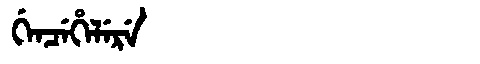
Manchu: ᡤᡝᠨᠴᡝᡥᡝᠯᡝᡵᡝ
Romanization: GENCEHELERE